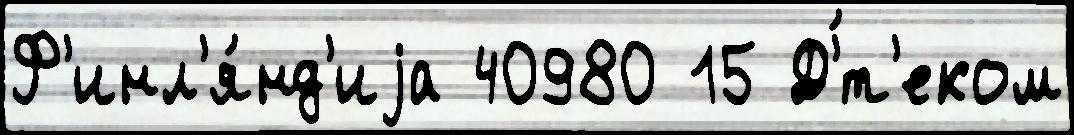
Ф'инл'я́нд'иjа 40980 15 Д'́т'еком